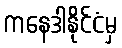
ကနေဒါနိုင်ငံမှ